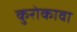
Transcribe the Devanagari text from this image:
कुरोकावा